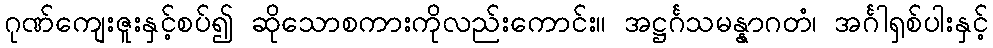
ဂုဏ်ကျေးဇူးနှင့်စပ်၍ ဆိုသောစကားကိုလည်းကောင်း။ အဋ္ဌင်္ဂသမန္နာဂတံ၊ အင်္ဂါရှစ်ပါးနှင့်